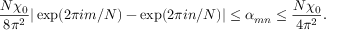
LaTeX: \frac { N \chi _ { 0 } } { 8 \pi ^ { 2 } } | \exp ( 2 \pi i m / N ) - \exp ( 2 \pi i n / N ) | \leq \alpha _ { m n } \leq \frac { N \chi _ { 0 } } { 4 \pi ^ { 2 } } .